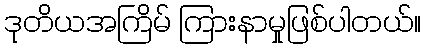
ဒုတိယအကြိမ် ကြားနာမှုဖြစ်ပါတယ်။